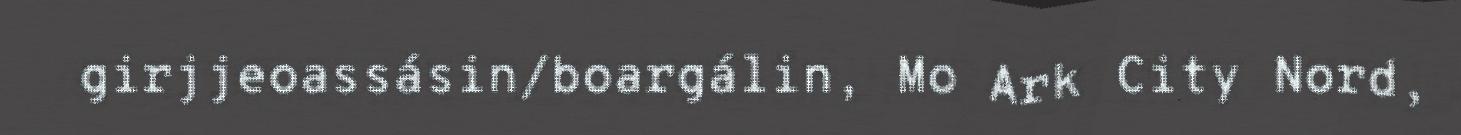
girjjeoassásin/boargálin, Mo Ark City Nord,